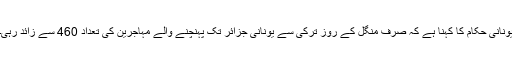
یونانی حکام کا کہنا ہے کہ صرف منگل کے روز ترکی سے یونانی جزائر تک پہنچنے والے مہاجرین کی تعداد 460 سے زائد رہی۔